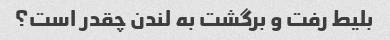
بلیط رفت و برگشت به لندن چقدر است؟